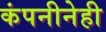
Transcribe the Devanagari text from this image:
कंपनीनेही